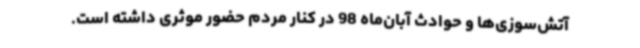
آتش‌سوزی‌ها و حوادث آبان‌ماه 98 در کنار مردم حضور موثری داشته است.